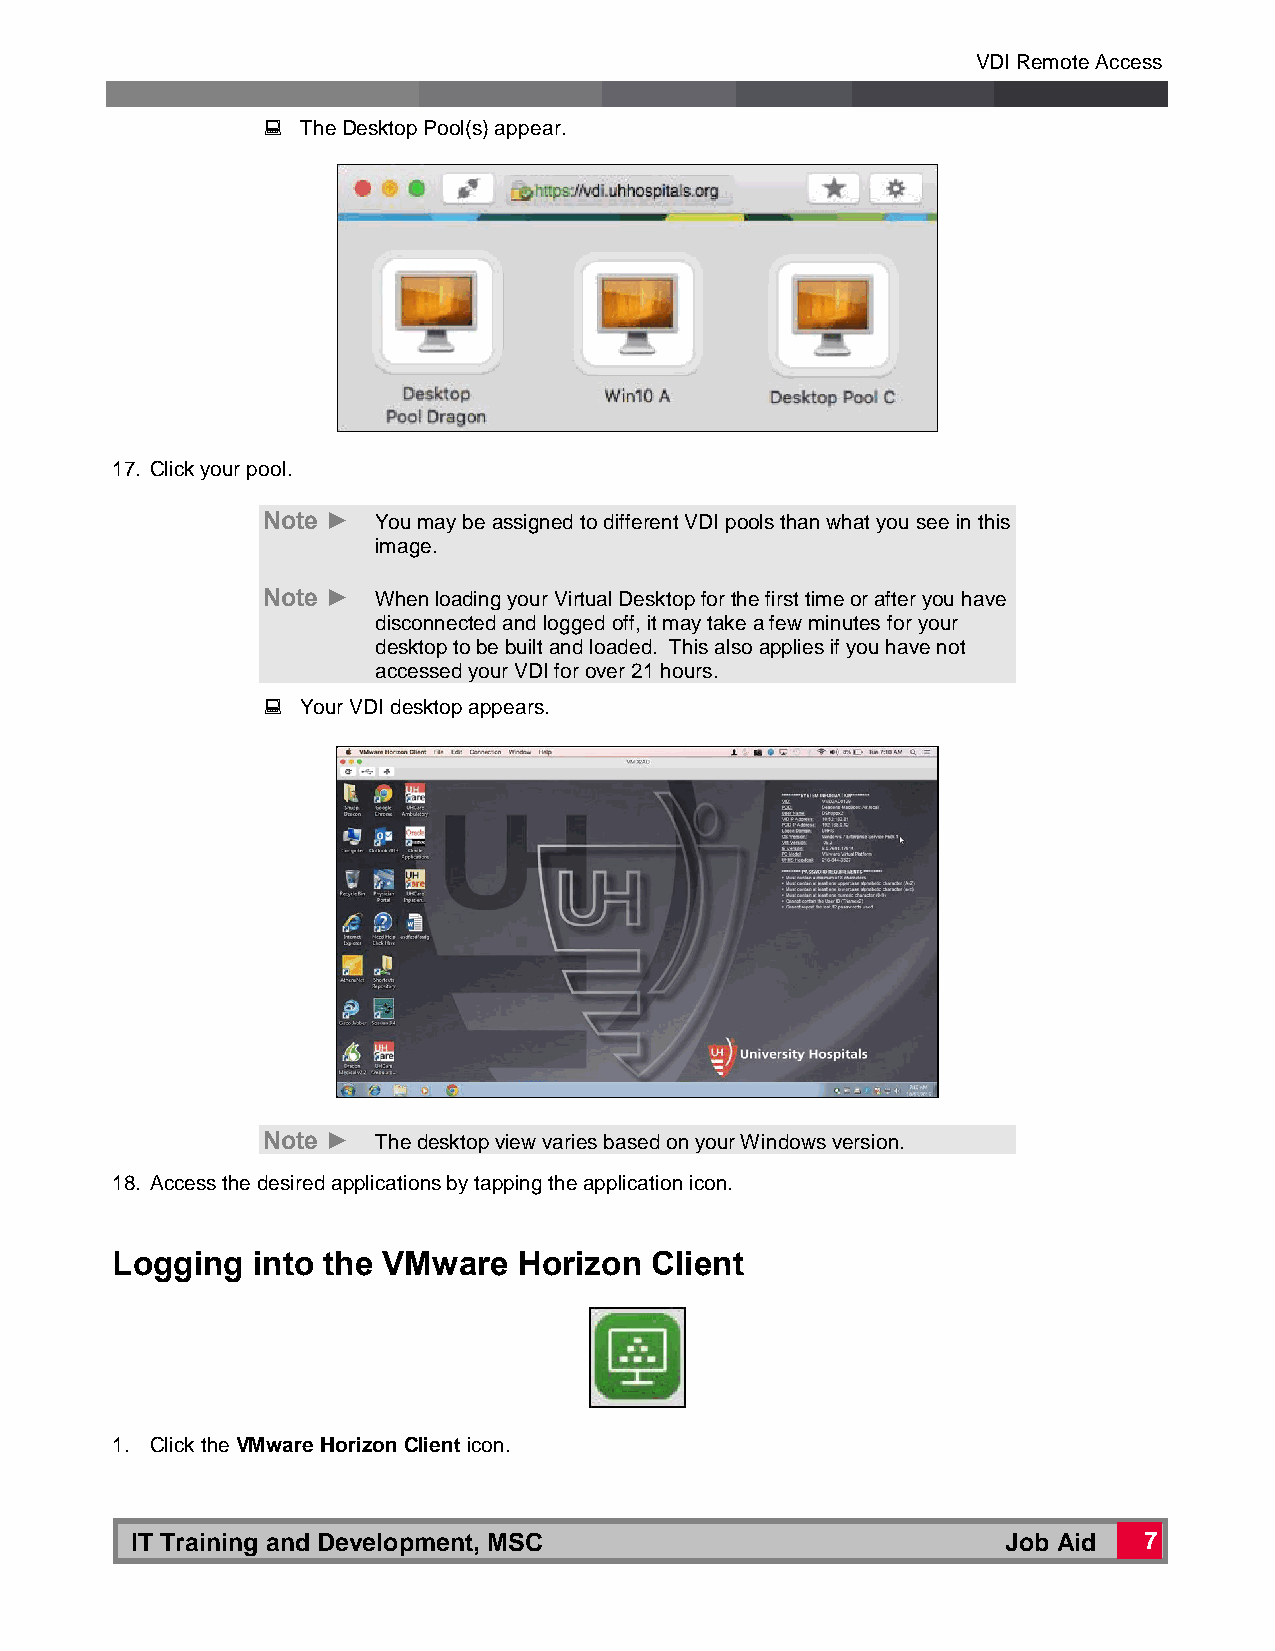
VDI Remote Access
   The Desktop Pool(s) appear.
 17. Click your pool.
 Note ►  You may be assigned to different VDI pools than what you see in this
 image.
 Note ►  When loading your Virtual Desktop for the first time or after you have
 disconnected and logged off, it may take a few minutes for your
 desktop to be built and loaded. This also applies if you have not
 accessed your VDI for over 21 hours.
   Your VDI desktop appears.
 Note ►  The desktop view varies based on your Windows version.
 18. Access the desired applications by tapping the application icon.
 Logging   into the VMware  Horizon  Client
 1. Click the VMware Horizon Client icon.
 IT Training and Development, MSC                          Job Aid  7